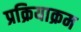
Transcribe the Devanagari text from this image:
प्रक्रियाक्रम